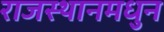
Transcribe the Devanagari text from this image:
राजस्थानमधुन